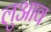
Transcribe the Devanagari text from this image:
लुआव